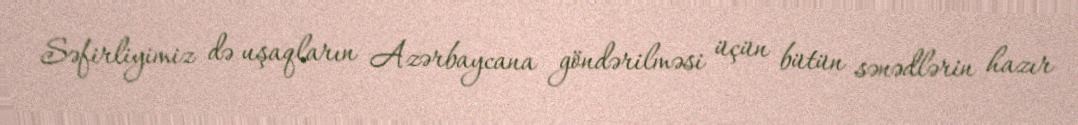
Səfirliyimiz də uşaqların Azərbaycana göndərilməsi üçün bütün sənədlərin hazır